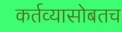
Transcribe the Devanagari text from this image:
कर्तव्यासोबतच